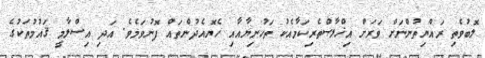
ލޮބުވެތި ރައްޔިތުންނަށް ވަރަށް އިޚްލާޞްތެރިކަމާއެކު ތަހުނިޔާއާއި ހެޔޮއެދުންތައް ފޮނުވަމެވެ. އަދި އިސްލާމީ ޤައުމުތަކުގެ